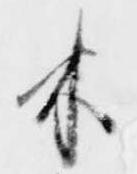
木